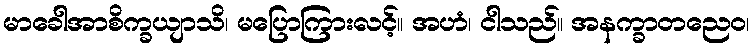
မာခေါအာစိက္ခယျာသိ၊ မပြောကြားလင့်။ အဟံ၊ ငါသည်။ အနက္ခာတညေဝ၊